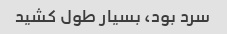
سرد بود، بسیار طول کشید